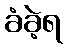
ခံခဲ့ရ